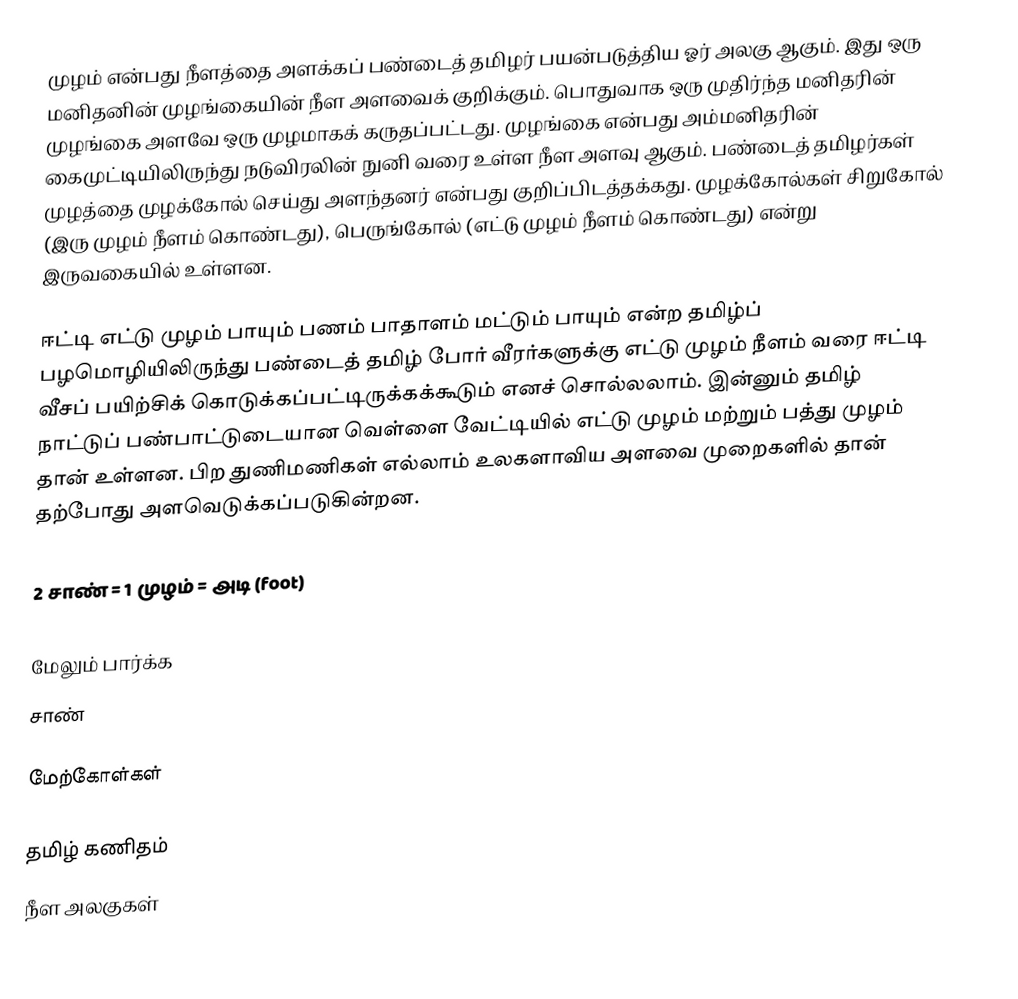
முழம் என்பது நீளத்தை அளக்கப் பண்டைத் தமிழர் பயன்படுத்திய ஓர் அலகு ஆகும். இது ஒரு மனிதனின் முழங்கையின் நீள அளவைக் குறிக்கும். பொதுவாக ஒரு முதிர்ந்த மனிதரின் முழங்கை அளவே ஒரு முழமாகக் கருதப்பட்டது. முழங்கை என்பது அம்மனிதரின் கைமுட்டியிலிருந்து நடுவிரலின் நுனி வரை உள்ள நீள அளவு ஆகும். பண்டைத் தமிழர்கள் முழத்தை முழக்கோல் செய்து அளந்தனர் என்பது குறிப்பிடத்தக்கது. முழக்கோல்கள் சிறுகோல் (இரு முழம் நீளம் கொண்டது), பெருங்கோல் (எட்டு முழம் நீளம் கொண்டது) என்று இருவகையில் உள்ளன.

ஈட்டி எட்டு முழம் பாயும் பணம் பாதாளம் மட்டும் பாயும் என்ற தமிழ்ப் பழமொழியிலிருந்து பண்டைத் தமிழ் போர் வீரர்களுக்கு எட்டு முழம் நீளம் வரை ஈட்டி வீசப் பயிற்சிக் கொடுக்கப்பட்டிருக்கக்கூடும் எனச் சொல்லலாம். இன்னும் தமிழ் நாட்டுப் பண்பாட்டுடையான வெள்ளை வேட்டியில் எட்டு முழம் மற்றும் பத்து முழம் தான் உள்ளன. பிற துணிமணிகள் எல்லாம் உலகளாவிய அளவை முறைகளில் தான் தற்போது அளவெடுக்கப்படுகின்றன.

2 சாண் = 1 முழம் =  அடி (foot)

மேலும் பார்க்க
சாண்

மேற்கோள்கள்

தமிழ் கணிதம்
நீள அலகுகள்